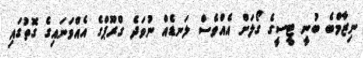
ނިޒާމްބެ ބުނީ ޓީސީގެ ގޯލަށް އެއްވެސް ލަނޑެއް ނުވަދެ ގްރޫޕްގެ އެއްވަނައިގެ ގޮތުގައި